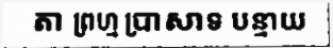
តា ព្រហ្ម ប្រាសាទ បន្ទាយ